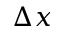
\Delta { x }